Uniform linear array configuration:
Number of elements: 8
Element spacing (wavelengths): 0.5
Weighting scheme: cosine
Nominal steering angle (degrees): -45
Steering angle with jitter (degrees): -44.407
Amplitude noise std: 0.05
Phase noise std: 0.05

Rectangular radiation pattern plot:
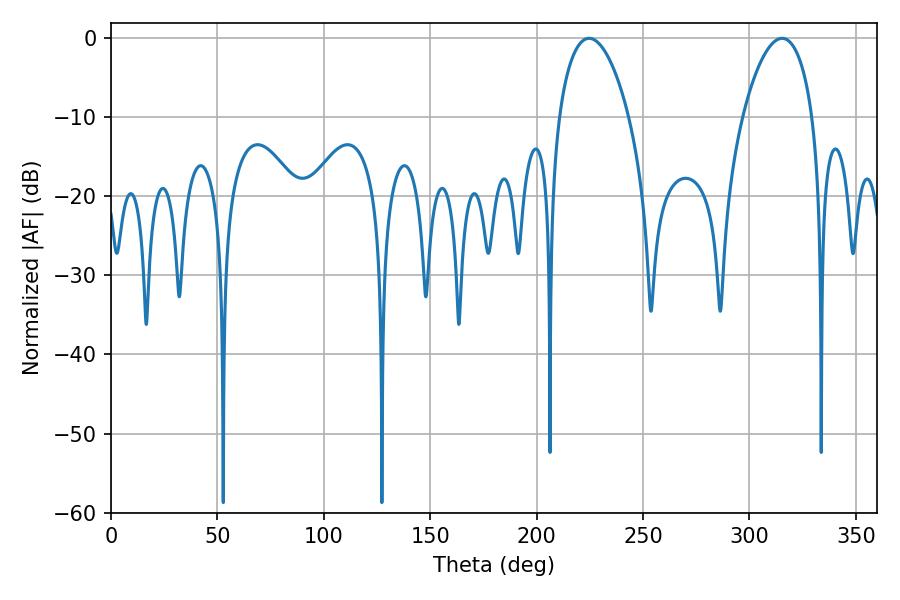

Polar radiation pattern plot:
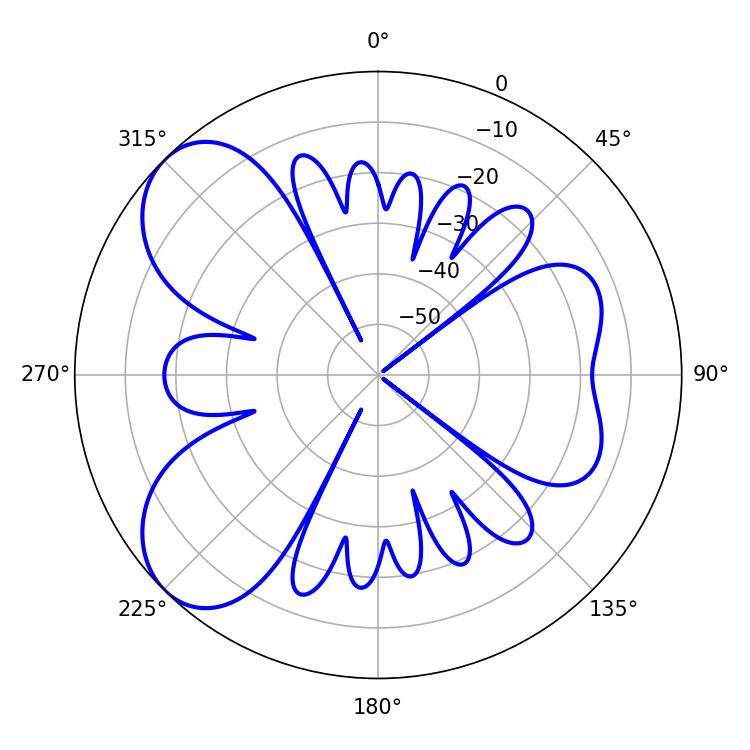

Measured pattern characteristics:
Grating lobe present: FALSE
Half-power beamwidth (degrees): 18.54
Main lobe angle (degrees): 224.64